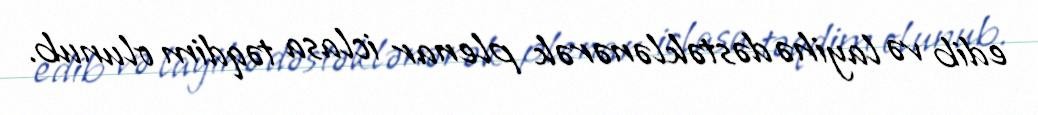
edib və layihə dəstəklənərək plenar iclasa təqdim olunub.